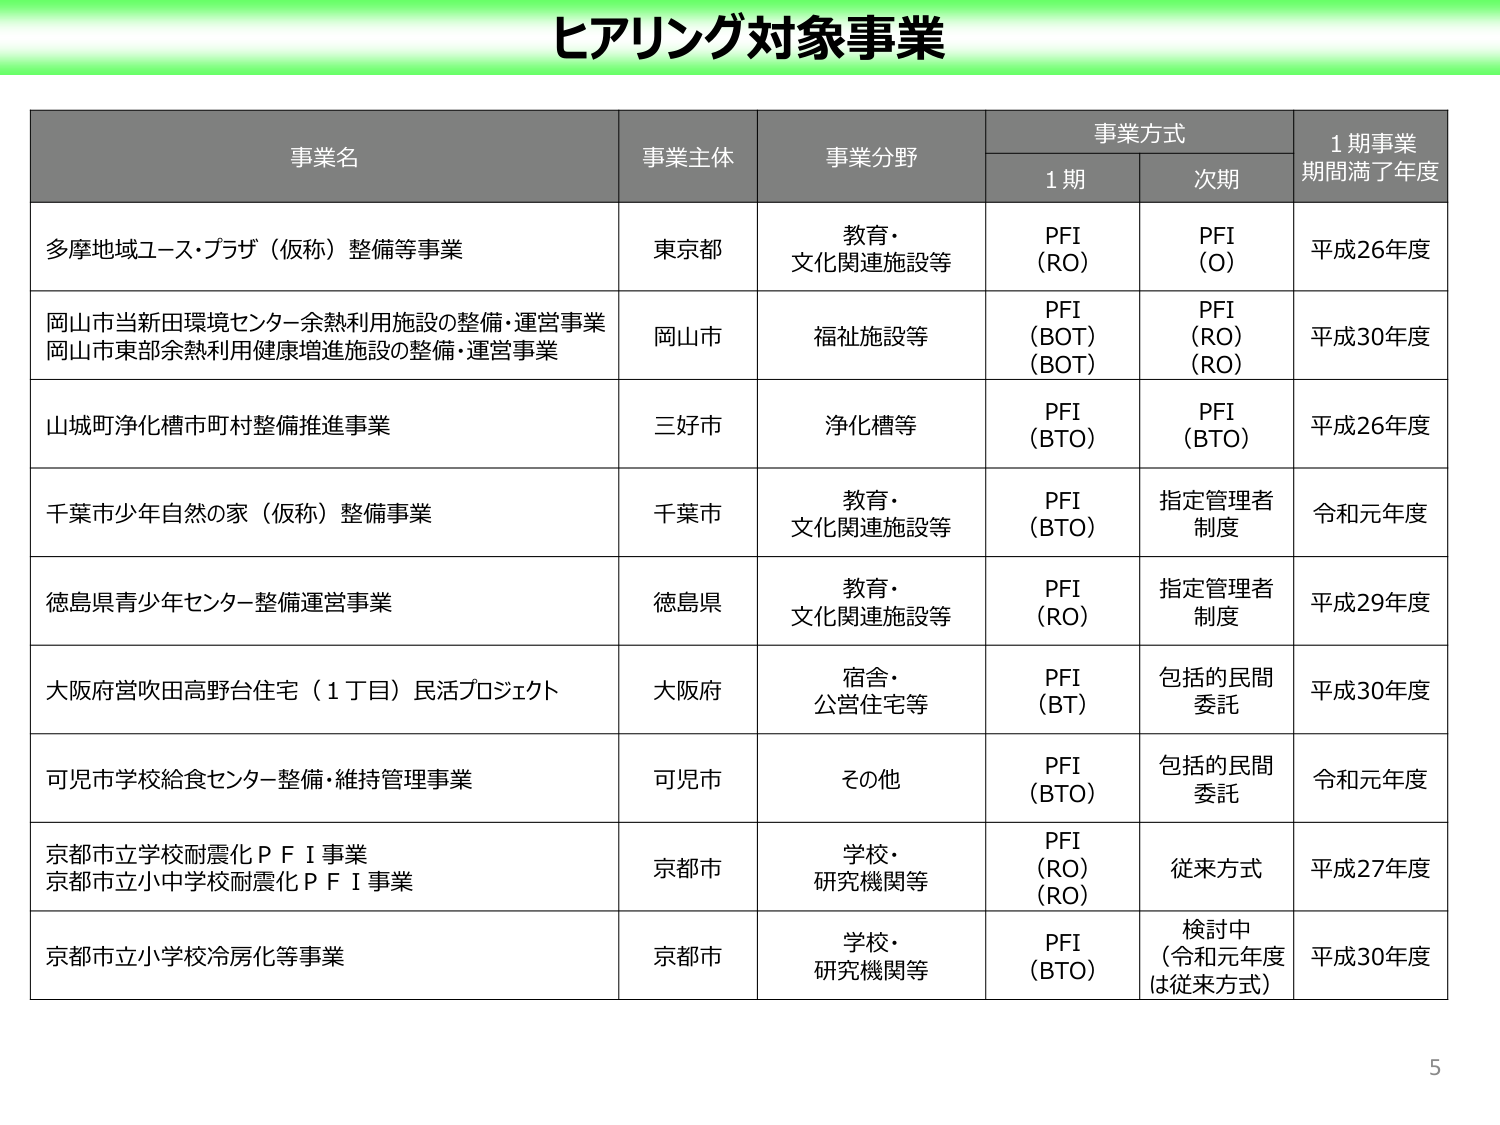
ヒアリング対象事業

事業名　　　　　　　　　　　　　　　　　　　　　事業主体　　　　　事業分野　　　　　　　　事業方式　　　　　　　　　　1期事業期間満了年度
　　　　　　　　　　　　　　　　　　　　　　　　　　　　　　　　　　　　　　1期　　　　　　次期

多摩地域ユース・プラザ（仮称）整備等事業　　　　東京都　　　　　教育・　　　　　　　　PFI　　　　　　　　PFI　　　　　　　　平成26年度
　　　　　　　　　　　　　　　　　　　　　　　　　　　　　　　文化関連施設等　　　　（RO）　　　　　　（O）

岡山市当新田環境センター余熱利用施設の整備・運営事業　　　　岡山市　　　　　福祉施設等　　　　PFI　　　　　　　　PFI　　　　　　　　平成30年度
岡山市東部余熱利用健康増進施設の整備・運営事業　　　　　　　　　　　　　　　　　　　　　　（BOT）　　　　　　（RO）
　　　　　　　　　　　　　　　　　　　　　　　　　　　　　　　　　　　　　　　　　　　　　　（BOT）　　　　　　（RO）

山城町浄化槽市町村整備推進事業　　　　　　　　三好市　　　　　浄化槽等　　　　　　　　PFI　　　　　　　　PFI　　　　　　　　平成26年度
　　　　　　　　　　　　　　　　　　　　　　　　　　　　　　　　　　　　　　　　　　　　（BTO）　　　　　　（BTO）

千葉市少年自然の家（仮称）整備事業　　　　　　千葉市　　　　　教育・　　　　　　　　PFI　　　　　　　　指定管理者　　　　　　令和元年度
　　　　　　　　　　　　　　　　　　　　　　　　　　　　　　　文化関連施設等　　　　（BTO）　　　　　　制度

徳島県青少年センター整備運営事業　　　　　　　徳島県　　　　　教育・　　　　　　　　PFI　　　　　　　　指定管理者　　　　　　平成29年度
　　　　　　　　　　　　　　　　　　　　　　　　　　　　　　　文化関連施設等　　　　（RO）　　　　　　制度

大阪府営吹田高野台住宅（1丁目）民活プロジェクト　　　大阪府　　　　　宿舎・　　　　　　　PFI　　　　　　　　包括的民間　　　　　　平成30年度
　　　　　　　　　　　　　　　　　　　　　　　　　　　　　公営住宅等　　　　　　（BT）　　　　　　委託

可児市学校給食センター整備・維持管理事業　　　可児市　　　　　その他　　　　　　　　PFI　　　　　　　　包括的民間　　　　　　令和元年度
　　　　　　　　　　　　　　　　　　　　　　　　　　　　　　　　　　　　　　　　　　（BTO）　　　　　　委託

京都市立学校耐震化ＰＦＩ事業　　　　　　　　　京都市　　　　　学校・　　　　　　　　PFI　　　　　　　　従来方式　　　　　　平成27年度
京都市立小中学校耐震化ＰＦＩ事業　　　　　　　　　　　　　　　研究機関等　　　　　　（RO）
　　　　　　　　　　　　　　　　　　　　　　　　　　　　　　　　　　　　　　　　　　（RO）

京都市立小学校冷房化等事業　　　　　　　　　　京都市　　　　　学校・　　　　　　　　PFI　　　　　　　　検討中　　　　　　　平成30年度
　　　　　　　　　　　　　　　　　　　　　　　　　　　　　研究機関等　　　　　　（BTO）　　　　　　（令和元年度
　　　　　　　　　　　　　　　　　　　　　　　　　　　　　　　　　　　　　　　　　　　　　　　　　　は従来方式）

5